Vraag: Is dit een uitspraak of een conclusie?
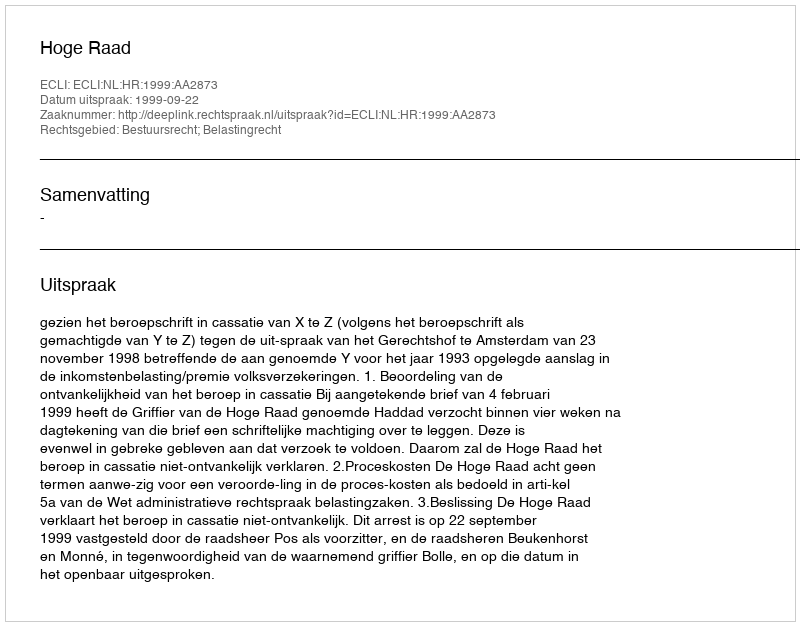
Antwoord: Uitspraak